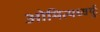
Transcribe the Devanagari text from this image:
ओमित्यध्वर्युः